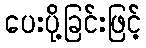
ပေးပို့ခြင်းဖြင့်